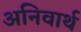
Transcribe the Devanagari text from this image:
अनिवार्थ